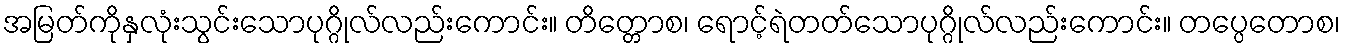
အမြတ်ကိုနှလုံးသွင်းသောပုဂ္ဂိုလ်လည်းကောင်း။ တိတ္တောစ၊ ရောင့်ရဲတတ်သောပုဂ္ဂိုလ်လည်းကောင်း။ တပ္ပေတောစ၊